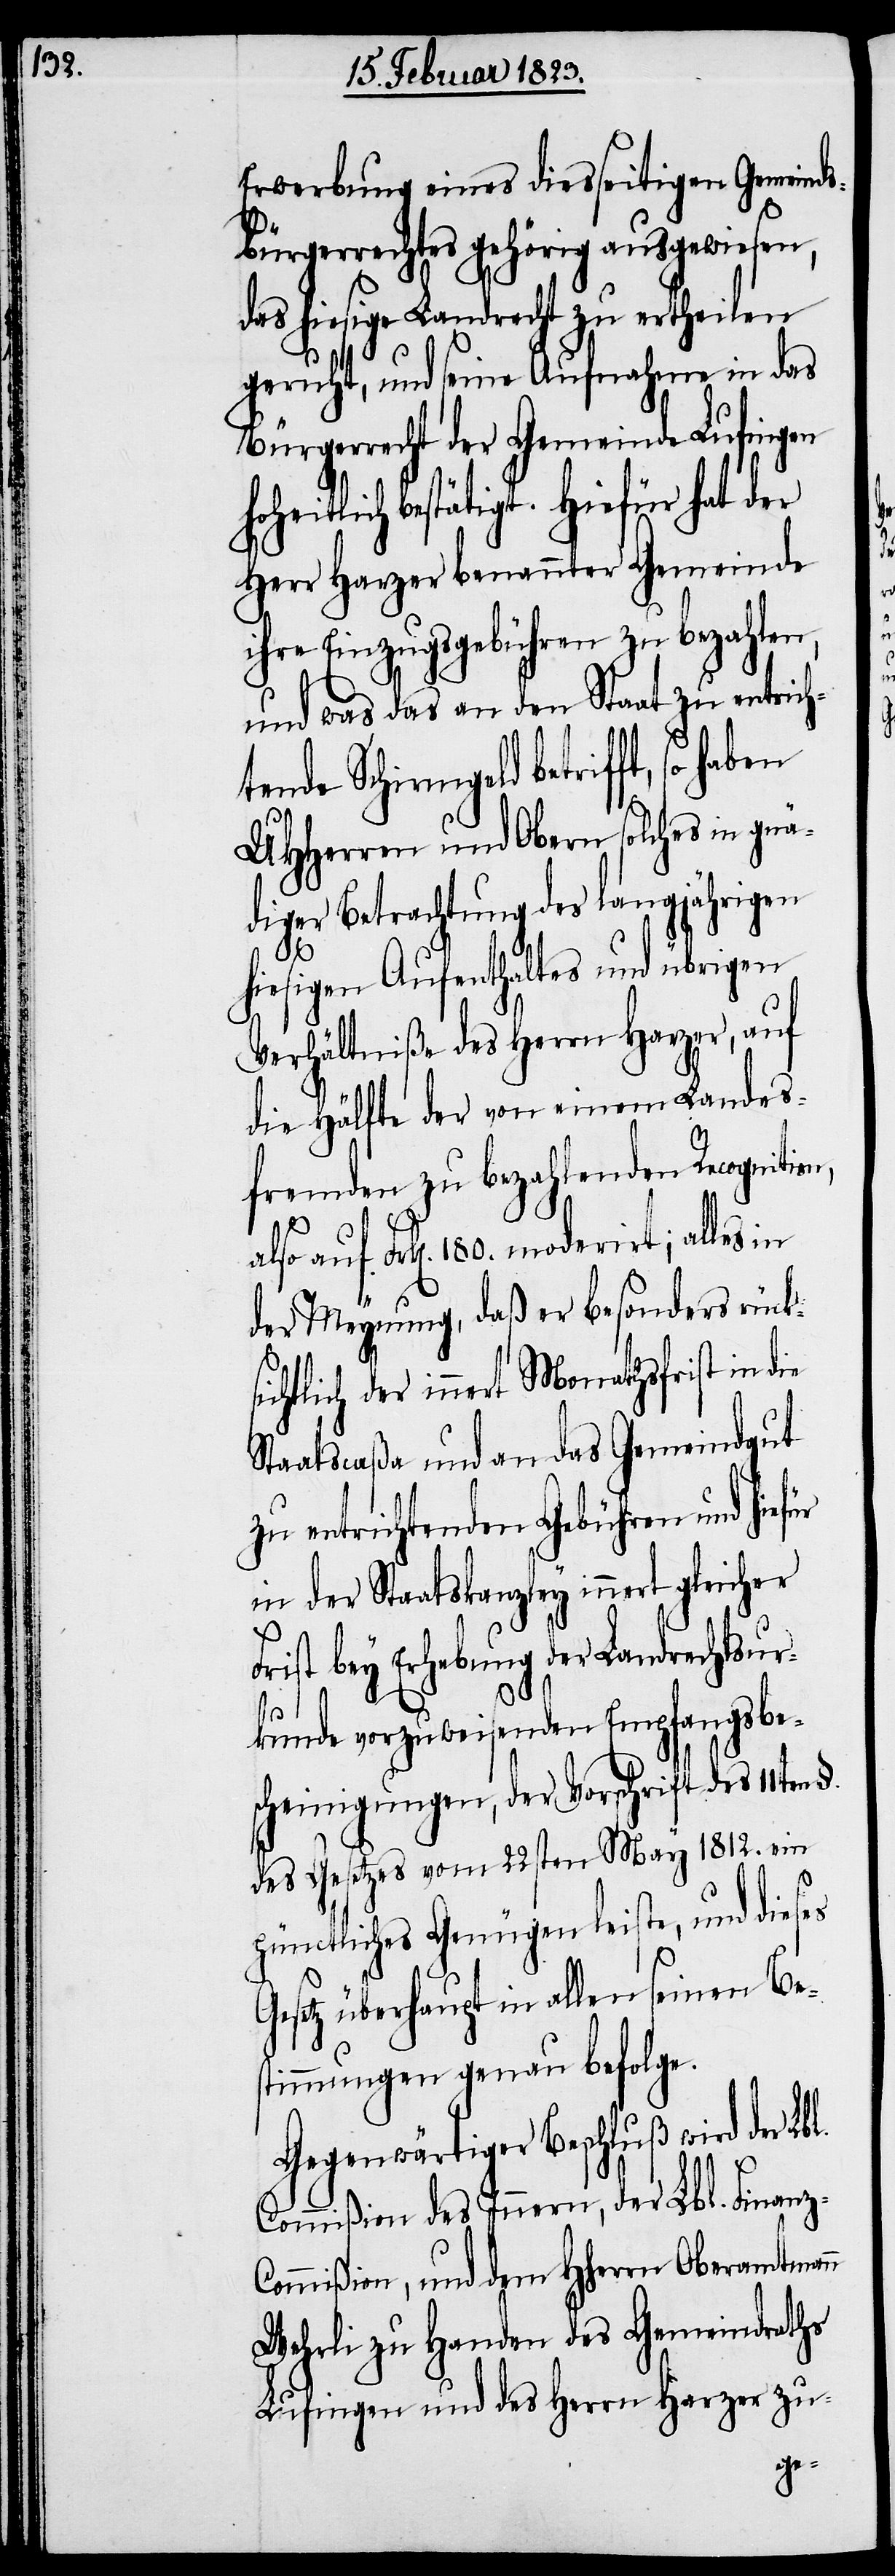
Erwerbung eines diesseitigen Gemeinds¬
bürgerrechtes gehörig ausgewiesen,
das hiesige Landrecht zu ertheilen
geruht, und seine Aufnahme in das
Bürgerrecht der Gemeinde Lufingen
oheitlich bestätigt. Hiefür hat der
Herr Harzer benannter Gemeinde
ihre Einzugsgebühren zu bezahlen,
und was das an den Staat zu entrich¬
tende Schirmgeld betrifft, so
on,
UHHerren und Obern solches in gnä¬
diger Betrachtung des langjährigen
h¬
hiesigen Aufenthaltes und übrigen
Verhältniße des Herrn Harzer, auf
die Hälfte der von einem Landes¬
fremden zu bezahlenden Recogniti¬
also auf Frk[en]. 180. moderirt; alles in
der Meynung, daß er besonders rücks¬
ichtlich der innert Monathsfrist in die
Staatscaßa und an das Gemeindgut
zu entrichtenden Gebühren und hiefür
in der Staatskanzley innert
Frist bey Erhebung der Landrechtsur¬
kunde vorzuweisenden Empfangsbe¬
scheinigungen, der Vorschrift des 11ten
des Gesetzes vom 22sten May 1812. ein
pünctliches Genügen leiste, und dieses
Gesetz überhaupt in allen seinen Be¬
stimmungen genau befolge.
Gegenwärtiger Beschluß wird der Lbl.
Commißion des Innern, der Lbl. Finanz-C¬
ommißion, und dem Hherrn Oberamtmann
Wehrli zu Handen des Gemeindraths
Lufingen und des Herrn Harzer zu-